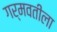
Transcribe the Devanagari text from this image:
गर्मवतीला